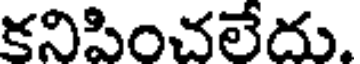
కనిపించలేదు.